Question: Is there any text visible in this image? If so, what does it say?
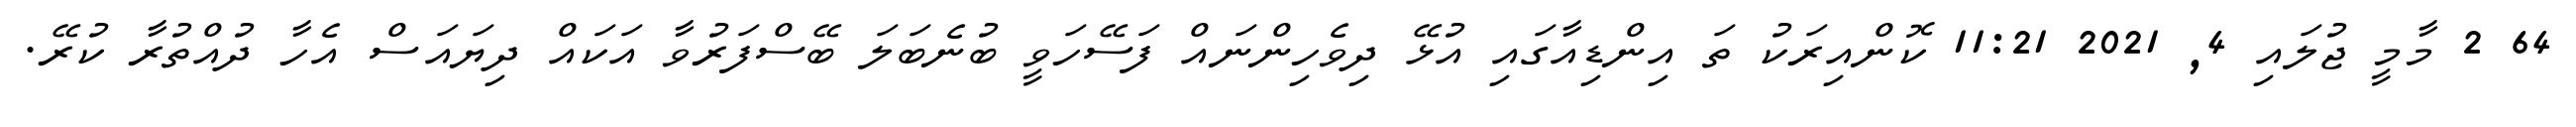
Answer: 64 2 މާމީ ޖުލައި 4, 2021 11:21 ކޮންއިރަކު ތަ އިންޑިއާގައި އުޅޭ ދިވެހިންނައް ފަސޭހަވީ ބުނެބަލަ ބޭސްފަރުވާ އަކައް ދިޔައަސް އެހާ ދުއްތުރާ ކުރޭ.